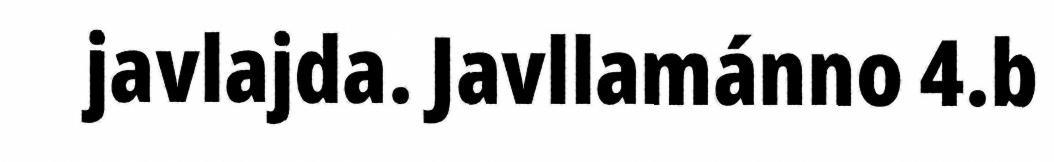
javlajda. Javllamánno 4.b